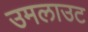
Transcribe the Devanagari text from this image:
उमलाउट